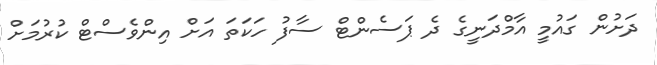
ދަށުން ގައުމީ އާމްދަނީގެ ދެ ޕަސެންޓް ސާފު ހަކަތަ އަށް އިންވެސްޓް ކުރުމަށް